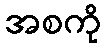
အစကို